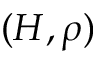
( H , \rho )